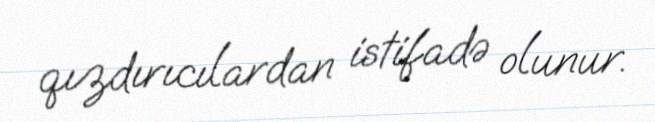
qızdırıcılardan istifadə olunur.